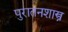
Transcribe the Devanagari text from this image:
पुरातनशास्त्र